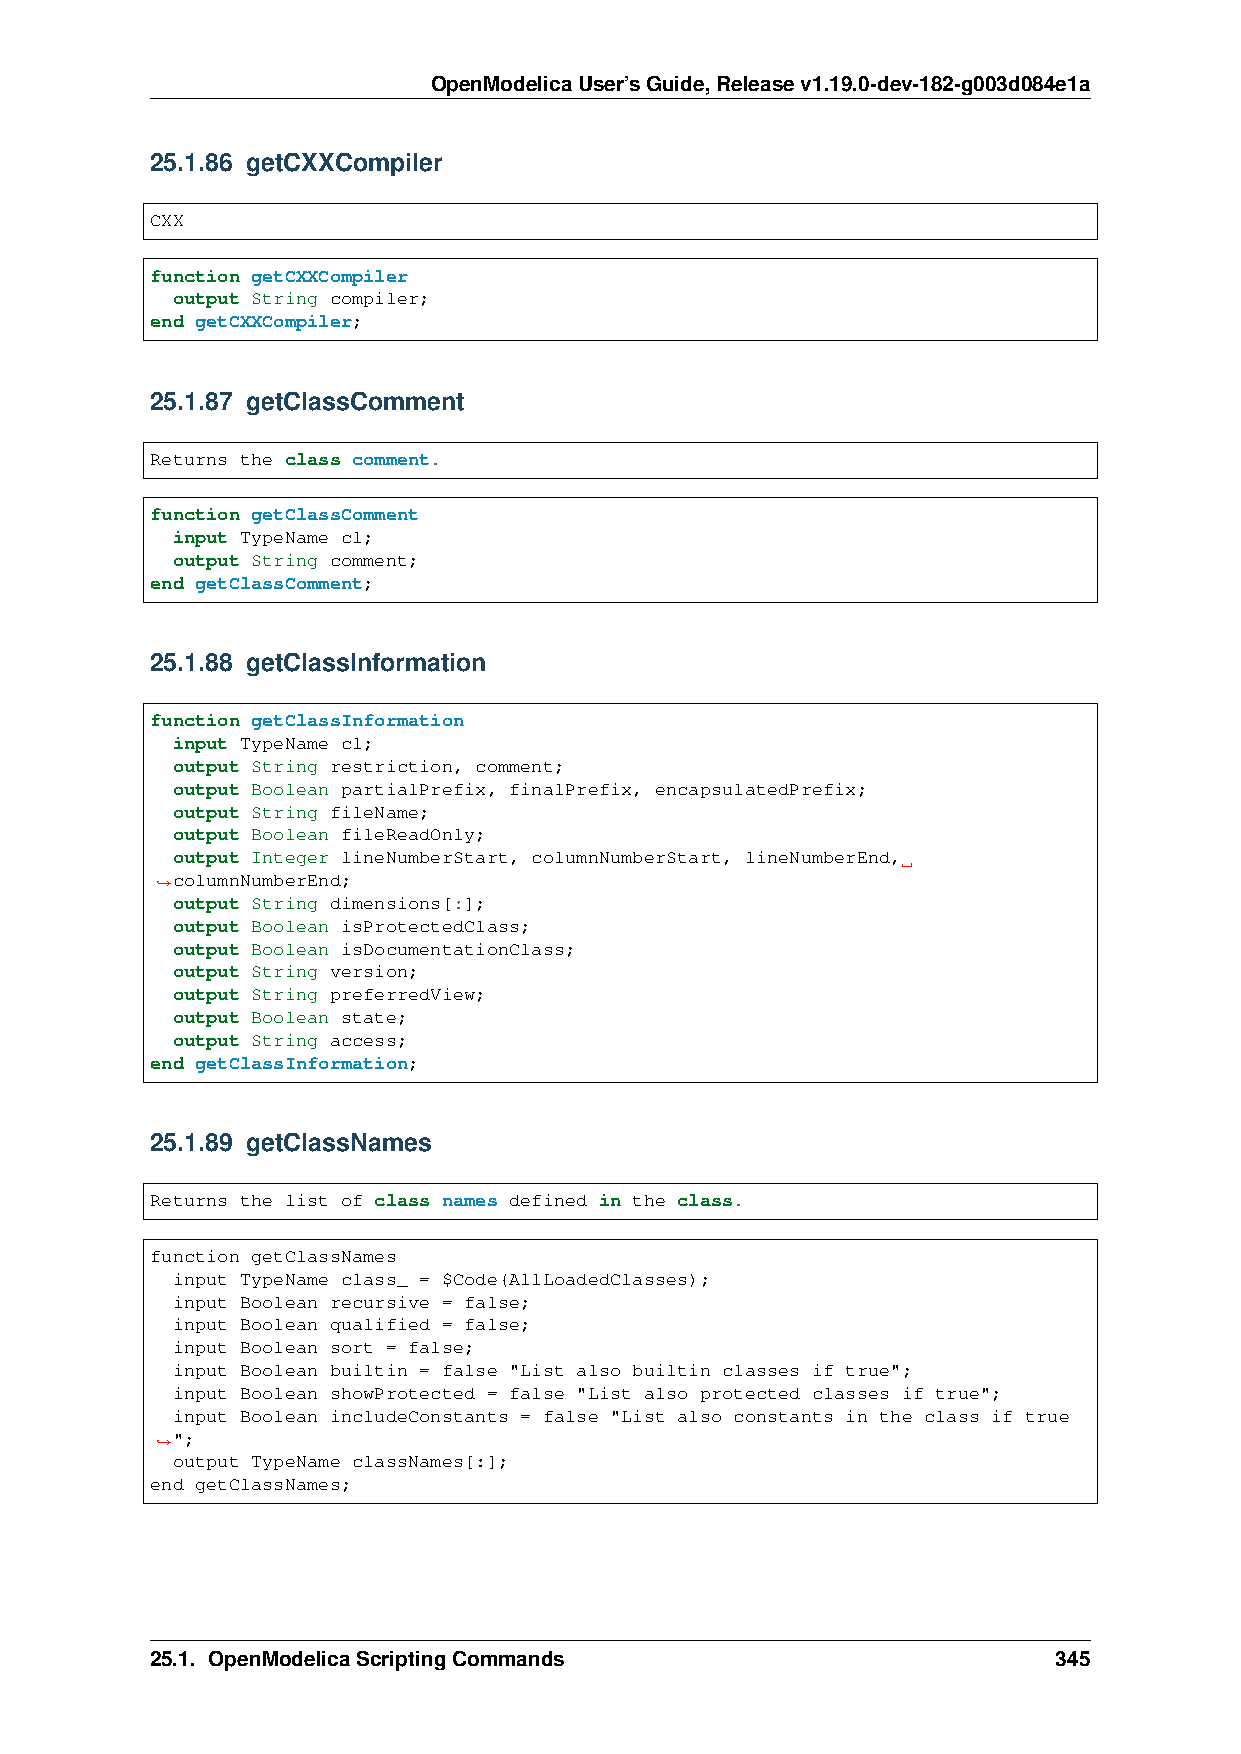
OpenModelicaUser’sGuide,Releasev1.19.0-dev-182-g003d084e1a
 25.1.86 getCXXCompiler
 CXX
 function getCXXCompiler
 output String compiler;
 end getCXXCompiler;
 25.1.87 getClassComment
 Returns the class comment.
 function getClassComment
 input TypeName cl;
 output String comment;
 end getClassComment;
 25.1.88 getClassInformation
 function getClassInformation
 input TypeName cl;
 output String restriction, comment;
 output Boolean partialPrefix, finalPrefix, encapsulatedPrefix;
 output String fileName;
 output Boolean fileReadOnly;
 output Integer lineNumberStart, columnNumberStart, lineNumberEnd,
 columnNumberEnd;
 ˓→
 output String dimensions[:];
 output Boolean isProtectedClass;
 output Boolean isDocumentationClass;
 output String version;
 output String preferredView;
 output Boolean state;
 output String access;
 end getClassInformation;
 25.1.89 getClassNames
 Returns the list of class names defined in the class.
 function getClassNames
 input TypeName class_ = $Code(AllLoadedClasses);
 input Boolean recursive = false;
 input Boolean qualified = false;
 input Boolean sort = false;
 input Boolean builtin = false "List also builtin classes if true";
 input Boolean showProtected = false "List also protected classes if true";
 input Boolean includeConstants = false "List also constants in the class if true
 ";
 ˓→
 output TypeName classNames[:];
 end getClassNames;
 25.1. OpenModelicaScriptingCommands                         345